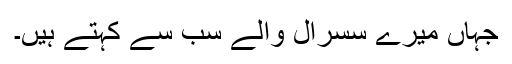
جہاں میرے سسرال والے سب سے کہتے ہیں۔